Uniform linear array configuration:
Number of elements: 32
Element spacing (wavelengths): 0.25
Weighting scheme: binomial
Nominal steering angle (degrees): -15
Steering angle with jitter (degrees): -13.94
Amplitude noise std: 0.05
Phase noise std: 0.05

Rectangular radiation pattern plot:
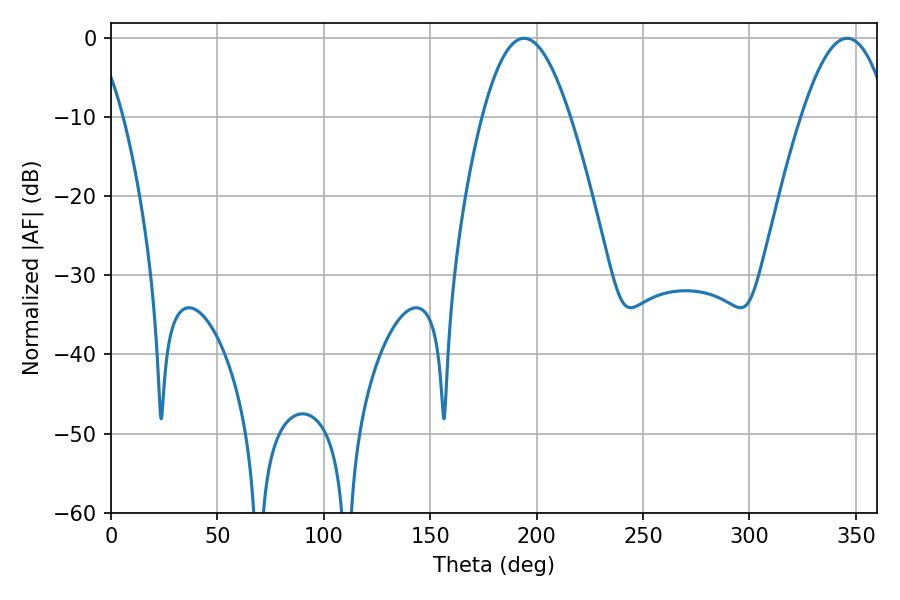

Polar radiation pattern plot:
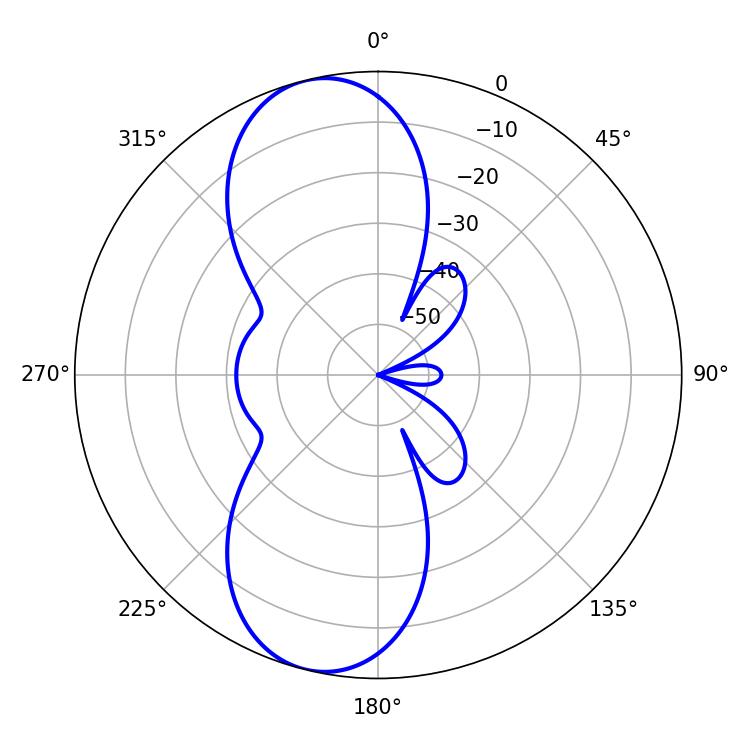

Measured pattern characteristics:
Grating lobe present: FALSE
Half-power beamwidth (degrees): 22.32
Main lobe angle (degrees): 194.04